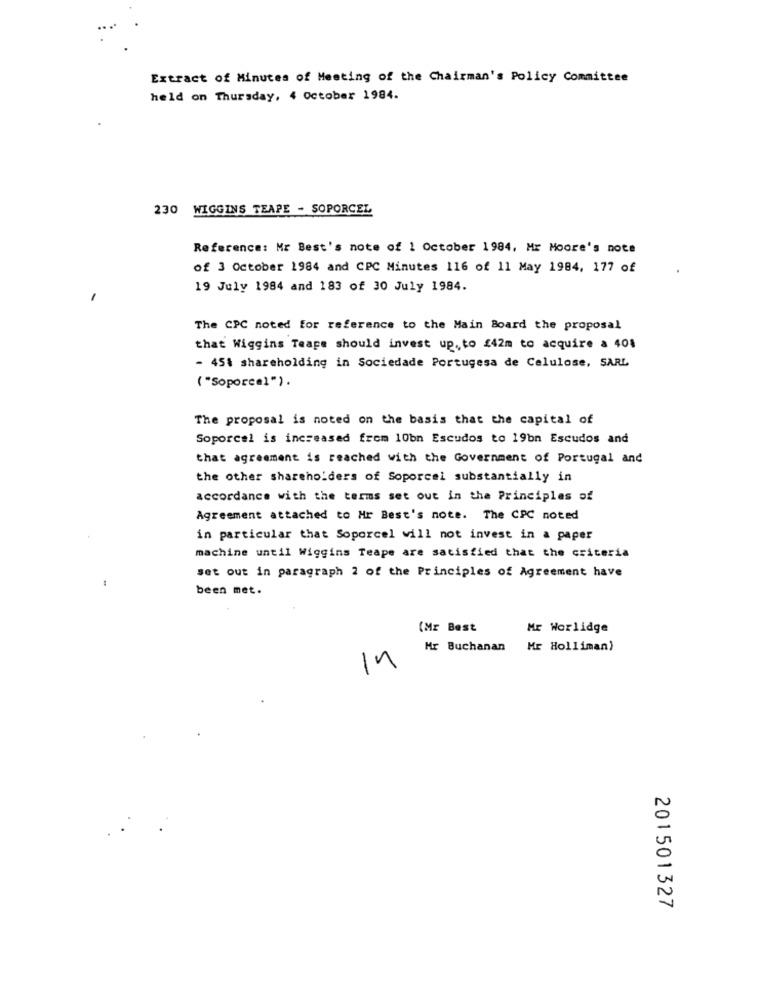
Extract of Minutes of Meeting of the Chairman's Policy Committee
held on Thursday, 4 october 1984.
230 WIGGINS TEAPE - SOPORCEL
Reference: Mr Best's note of 1 October 1984, Mr Moore's note
of 3 October 1984 and CPC Minutes 116 of 11 May 1984, 177 of
19 July 1984 and 183 of 30 July 1984.
The CPC noted for reference to the Main Board the proposal
that Wiggins Teape should invest up. to £42m to acquire a 401
- 45% shareholding in Sociedade Portugesa de Celulose, SARL
( "Soporcel ") .
The proposal is noted on the basis that the capital of
Soporcel is increased from 10bn Escudos to 19bn Escudos and
that agreement is reached with the Government of Portugal and
the other shareholders of Soporcel substantially in
accordance with the terms set out in the Principles of
Agreement attached to Hr Best's note. The CPC noted
in particular that Soporcel will not invest in a paper
machine until Wiggins Teape are satisfied that the criteria
set out in paragraph 2 of the Principles of Agreement have
been met.
(Mr Best
Mr Worlidge
Mr Buchanan
Mr Holliman)
In
201501327